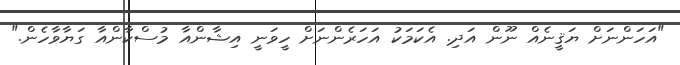
"އަހަންނަށް ޔަޤީނެއް ނޫން އަދި. އެކަމަކު އަހަރެންނަށް ހީވަނީ އިޝާންއާ މުސްކާންއާ ގަޔާވާހެން."